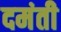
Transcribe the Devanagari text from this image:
दमंती